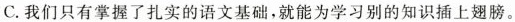
C.我们只有掌握了扎实的语文基础，就能为学习别的知识插上翅膀。